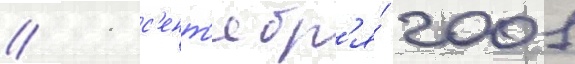
// 11 с'ент'ябр'я́ 2001